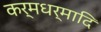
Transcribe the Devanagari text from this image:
कर्मधर्मादि